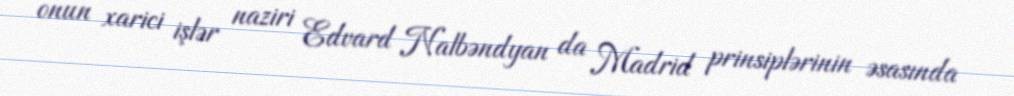
onun xarici işlər naziri Edvard Nalbəndyan da Madrid prinsiplərinin əsasında